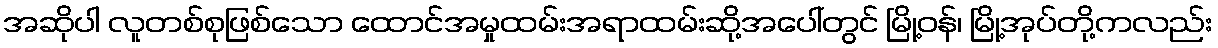
အဆိုပါ လူတစ်စုဖြစ်သော ထောင်အမှုထမ်းအရာထမ်းဆို့အပေါ်တွင် မြို့ဝန်၊ မြို့အုပ်တို့ကလည်း